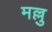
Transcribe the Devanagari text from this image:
मल्लु